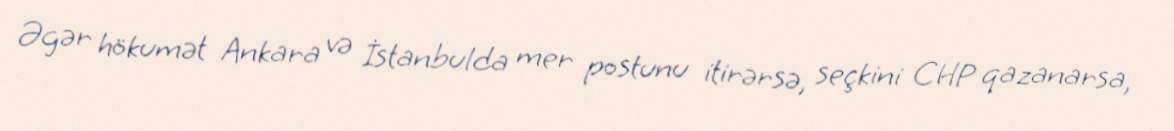
Əgər hökumət Ankara və İstanbulda mer postunu itirərsə, seçkini CHP qazanarsa,